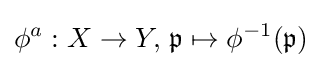
\phi ^{a}:X\to Y,\,{\mathfrak {p}}\mapsto \phi ^{-1}({\mathfrak {p}})